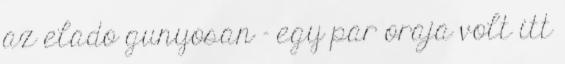
az elado gunyosan - egy par oraja volt itt